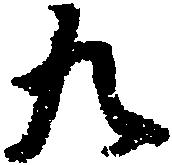
九